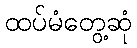
ထပ်မံတွေ့ဆုံ